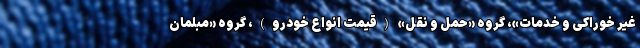
غیر خوراکی و خدمات»، گروه «حمل و نقل» (قیمت انواع خودرو)، گروه «مبلمان